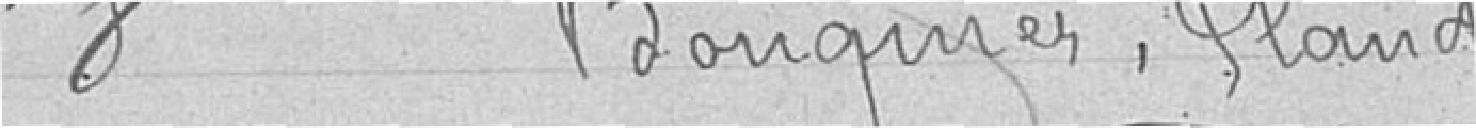
8 Bouquier, Claude